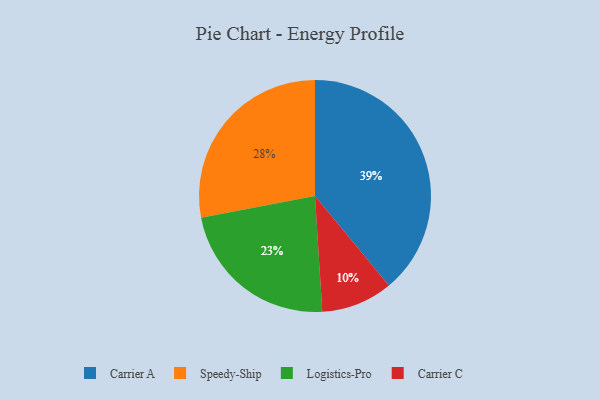
{"axis": {"x": "Category", "y": "Percentage"}, "legend": ["Carrier A", "Carrier C", "Logistics-Pro", "Speedy-Ship"], "data": [{"x": "Carrier A", "y": 39, "type": "Carrier A"}, {"x": "Speedy-Ship", "y": 28, "type": "Speedy-Ship"}, {"x": "Carrier C", "y": 10, "type": "Carrier C"}, {"x": "Logistics-Pro", "y": 23, "type": "Logistics-Pro"}]}